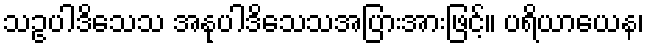
သဥပါဒိသေသ အနုပါဒိသေသအပြားအားဖြင့်။ ပရိယာယေန၊